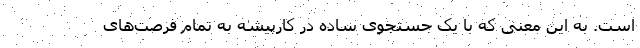
است. به این معنی که با یک جستجوی ساده در کارپیشه به تمام فرصت‌های